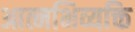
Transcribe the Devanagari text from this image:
आत्मभिव्यक्ति